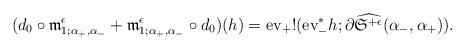
LaTeX: \begin{align*}(d_0\circ \frak m^{\epsilon}_{1;\alpha_+,\alpha_-}+ \frak m^{\epsilon}_{1;\alpha_+,\alpha_-} \circ d_0)(h)={\rm ev}_{+}!({\rm ev}_{-}^* h;\partial\widehat{\frak S^{+ \epsilon}}(\alpha_-,\alpha_+)).\end{align*}